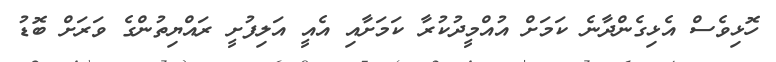
ހޮޅިވެސް އެޅިގެންދާނެ ކަމަށް އުއްމީދުކުރާ ކަމަށާއި އެއީ އަލިފުށީ ރައްޔިތުންގެ ވަރަށް ބޮޑު